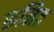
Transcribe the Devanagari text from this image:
रुनित